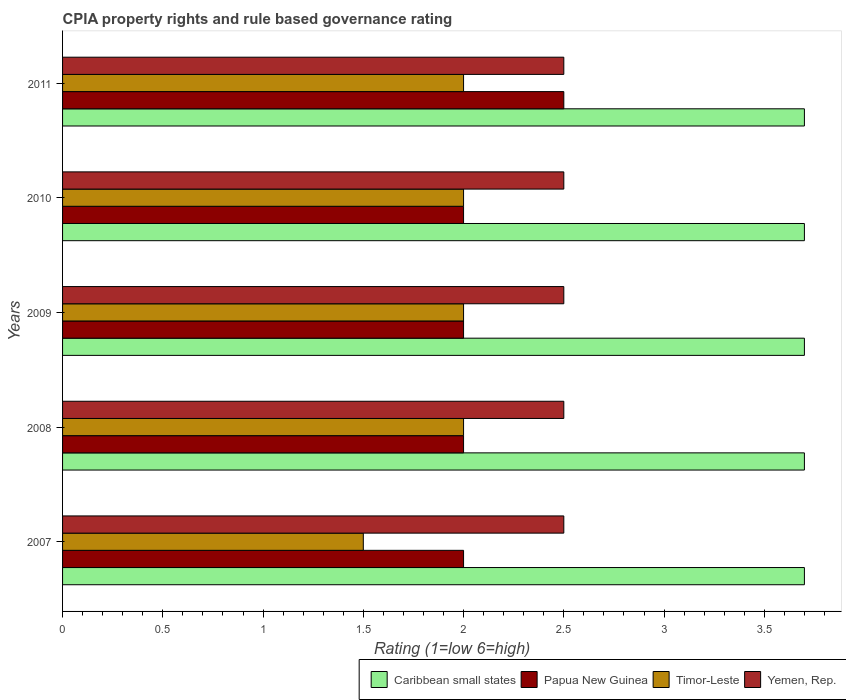
| Years | Caribbean small states | Papua New Guinea | Timor-Leste | Yemen, Rep. |
 | --- | --- | --- | --- | --- |
 | 2007 | 3.7 | 2 | 1.5 | 2.5 |
 | 2008 | 3.7 | 2 | 2 | 2.5 |
 | 2009 | 3.7 | 2 | 2 | 2.5 |
 | 2010 | 3.7 | 2 | 2 | 2.5 |
 | 2011 | 3.7 | 2.5 | 2 | 2.5 |